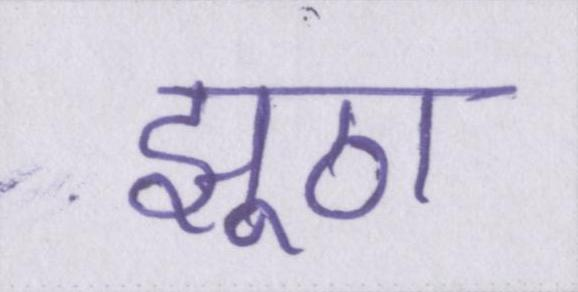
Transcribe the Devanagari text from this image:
झूठा